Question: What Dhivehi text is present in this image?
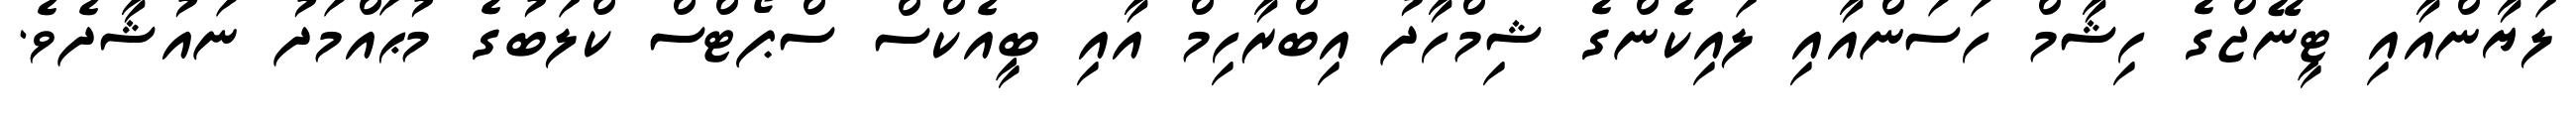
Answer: ލަޔާންއާއި ޓީނޭޖްގެ ހިޝާމް ހަސަންއާއި ލައިކެންގެ ޝިމްހާދު އިބްރާހިމް އާއި ބީއެކްސް ސްޕޯޓްސް ކްލަބުގެ މުޙައްމަދު ނައުޝާދެވެ.